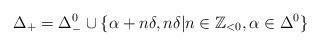
LaTeX: \begin{align*}\Delta_+ = \Delta_-^0 \cup \{ \alpha+n\delta, n\delta | n\in \mathbb Z_{<0}, \alpha \in \Delta^0\}\end{align*}